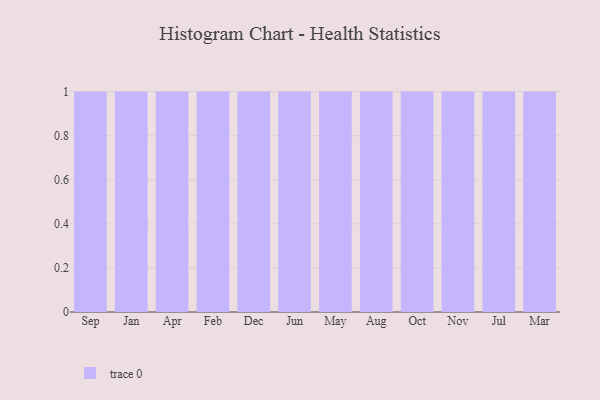
{"axis": {"x": "Month", "y": "Backlog"}, "legend": [""], "data": [{"x": "Sep", "y": 25, "type": ""}, {"x": "Jan", "y": 60, "type": ""}, {"x": "Apr", "y": 87, "type": ""}, {"x": "Feb", "y": 2, "type": ""}, {"x": "Dec", "y": 59, "type": ""}, {"x": "Jun", "y": 90, "type": ""}, {"x": "May", "y": 55, "type": ""}, {"x": "Aug", "y": 61, "type": ""}, {"x": "Oct", "y": 87, "type": ""}, {"x": "Nov", "y": 18, "type": ""}, {"x": "Jul", "y": 37, "type": ""}, {"x": "Mar", "y": 58, "type": ""}]}